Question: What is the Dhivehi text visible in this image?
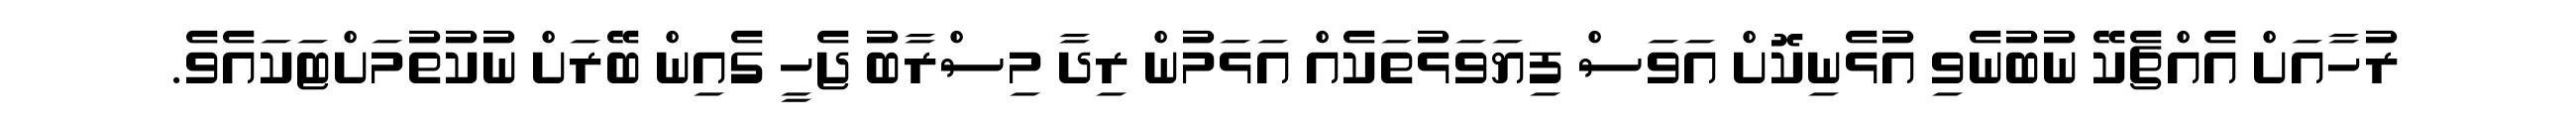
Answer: ރުހާއަށް އެއްޗެކޭ ނުބުނެވި އުޅެނިކޮށް އަވަސް ފިޔަވަޅުތަކެއް އަޅަމުން ރިދާ މިސްރާބު ޖެހީ ގެއިން ބޭރަށް ނުކުތުމަށްޓަކައެވެ.